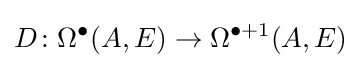
D\colon \Omega ^{\bullet }(A,E)\to \Omega ^{\bullet +1}(A,E)